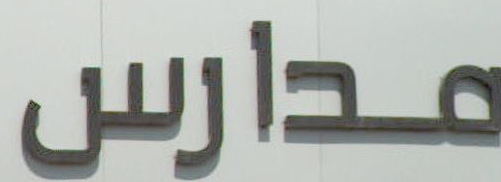
مدارس